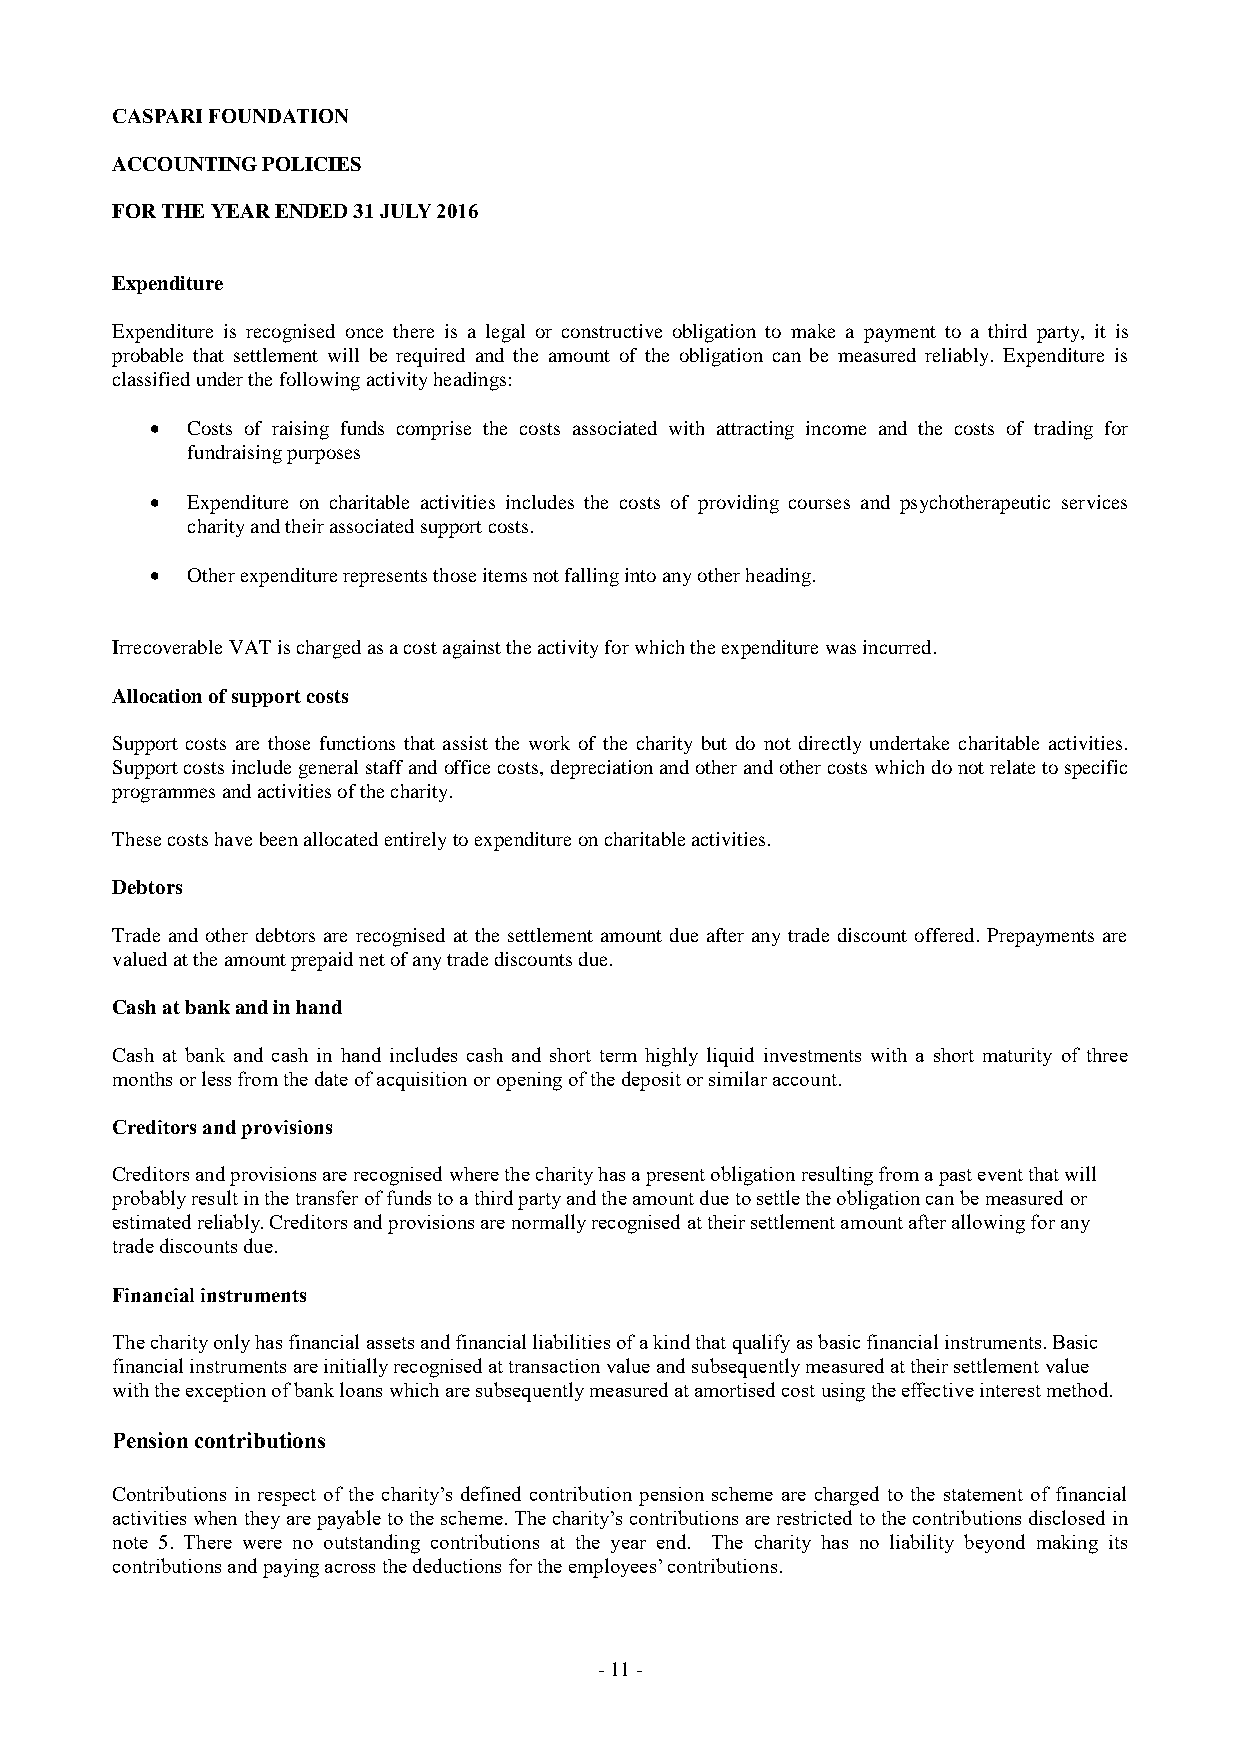
CASPARI FOUNDATION
 ACCOUNTING POLICIES
 FOR THE YEAR ENDED 31 JULY 2016
 Expenditure
 Expenditure is recognised once there is a legal or constructive obligation to make a payment to a third party, it is
 probable that settlement will be required and the amount of the obligation can be measured reliably. Expenditure is
 classified under the following activity headings:
  Costs of raising funds comprise the costs associated with attracting income and the costs of trading for
 fundraising purposes
  Expenditure on charitable activities includes the costs of providing courses and psychotherapeutic services
 charity and their associated support costs.
  Other expenditure represents those items not falling into any other heading.
 Irrecoverable VAT is charged as a cost against the activity for which the expenditure was incurred.
 Allocation of support costs
 Support costs are those functions that assist the work of the charity but do not directly undertake charitable activities.
 Support costs include general staff and office costs, depreciation and other and other costs which do not relate to specific
 programmes and activities of the charity.
 These costs have been allocated entirely to expenditure on charitable activities.
 Debtors
 Trade and other debtors are recognised at the settlement amount due after any trade discount offered. Prepayments are
 valued at the amount prepaid net of any trade discounts due.
 Cash at bank and in hand
 Cash at bank and cash in hand includes cash and short term highly liquid investments with a short maturity of three
 months or less from the date of acquisition or opening of the deposit or similar account.
 Creditors and provisions
 Creditors and provisions are recognised where the charity has a present obligation resulting from a past event that will
 probably result in the transfer of funds to a third party and the amount due to settle the obligation can be measured or
 estimated reliably. Creditors and provisions are normally recognised at their settlement amount after allowing for any
 trade discounts due.
 Financial instruments
 The charity only has financial assets and financial liabilities of a kind that qualify as basic financial instruments. Basic
 financial instruments are initially recognised at transaction value and subsequently measured at their settlement value
 with the exception of bank loans which are subsequently measured at amortised cost using the effective interest method.
 Pension contributions
 Contributions in respect of the charity’s defined contribution pension scheme are charged to the statement of financial
 activities when they are payable to the scheme. The charity’s contributions are restricted to the contributions disclosed in
 note 5. There were no outstanding contributions at the year end. The charity has no liability beyond making its
 contributions and paying across the deductions for the employees’ contributions.
 - 1 1 -